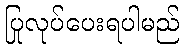
ပြုလုပ်ပေးရပါမည်